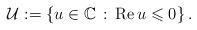
LaTeX: \begin{align*}\mathcal{U}:=\left\lbrace u\in\mathbb{C}\thinspace:\thinspace\mathrm{Re}\thinspace u\leqslant0\right\rbrace .\end{align*}